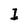
Character: 1